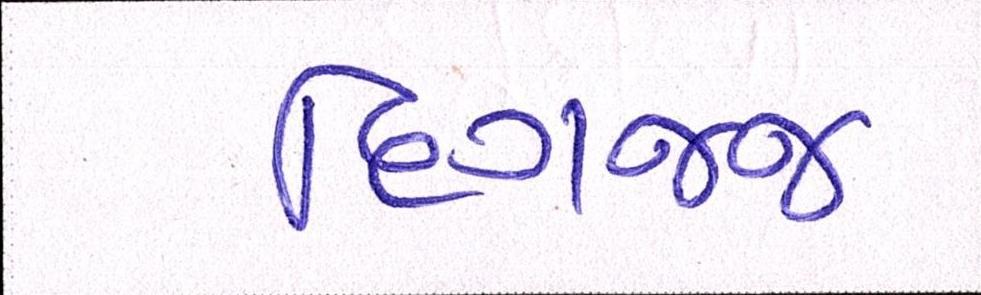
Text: દિગજ્જ